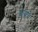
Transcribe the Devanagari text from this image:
ब्लायचे